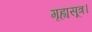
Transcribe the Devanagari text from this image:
गृह्यसूत्र।